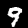
Digit: 9